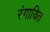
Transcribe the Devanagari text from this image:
रंगायित